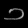
Digit: ၁